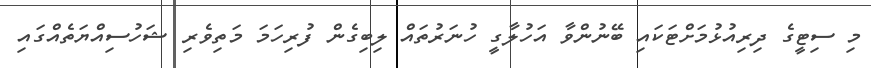
މި ސިޓީގެ ދިރިއުޅުމަށްޓަކައި ބޭނުންވާ އަހުލާގީ ހުނަރުތައް ލިބިގެން ފުރިހަމަ މަތިވެރި ޝަހުސިއްޔަތެއްގައި